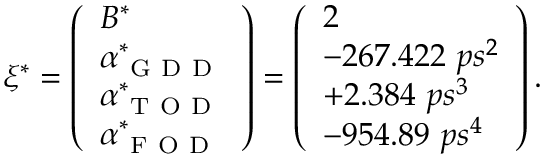
\xi ^ { * } = \left( \begin{array} { l } { B ^ { * } } \\ { \alpha _ { \mathrm { ~ G ~ D ~ D ~ } } ^ { * } } \\ { \alpha _ { \mathrm { ~ T ~ O ~ D ~ } } ^ { * } } \\ { \alpha _ { \mathrm { ~ F ~ O ~ D ~ } } ^ { * } } \end{array} \right) = \left( \begin{array} { l } { 2 } \\ { - 2 6 7 . 4 2 2 \ p s ^ { 2 } } \\ { + 2 . 3 8 4 \ p s ^ { 3 } } \\ { - 9 5 4 . 8 9 \ p s ^ { 4 } } \end{array} \right) .